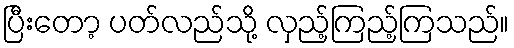
ပြီးတော့ ပတ်လည်သို့ လှည့်ကြည့်ကြသည်။